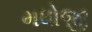
મધોજી